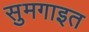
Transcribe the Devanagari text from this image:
सुमगाइत